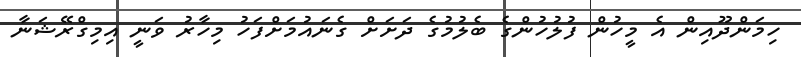
ހިމަންދޫއިން އެ މީހުން ފުލުހުންގެ ބެލުމުގެ ދަށަށް ގެނައުމަށްފަހު މިހާރު ވަނީ އިމިގްރޭޝަނާ